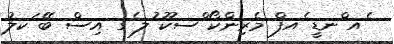
ެއ ްނޑީ ެއފް މެރިންކޯ ްސކޫ ުލ ެގ އިސް ބޭ ަކލު